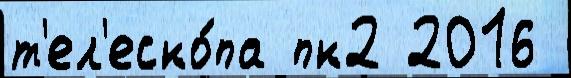
т'ел'еско́па пк2 2016